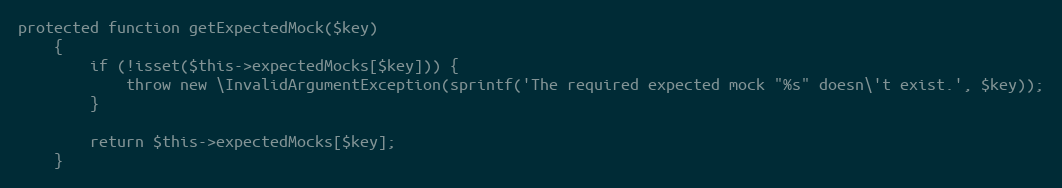
Language: PHP
protected function getExpectedMock($key)
    {
        if (!isset($this->expectedMocks[$key])) {
            throw new \InvalidArgumentException(sprintf('The required expected mock "%s" doesn\'t exist.', $key));
        }

        return $this->expectedMocks[$key];
    }